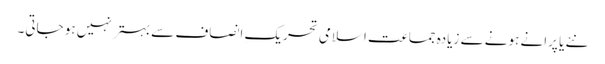
نئے یا پرانے ہونے سے زیادہ جماعتِ اسلامی تحریکِ انصاف سے بہتر نہیں ہو جاتی۔